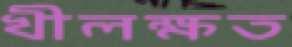
খীলক্ষত